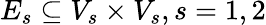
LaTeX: E_{s}\subseteq V_{s}\times V_{s},s=1,2